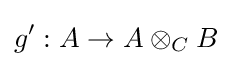
g':A\rightarrow A\otimes _{C}B